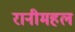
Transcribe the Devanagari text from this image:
रानीमहल